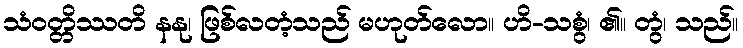
သံဝတ္တိဿတိ နနု၊ ဖြစ်လတံ့သည် မဟုတ်လော။ ဟိ-သစွံ၊ ၏။ တွံ၊ သည်။